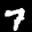
Label: 7